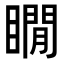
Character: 瞯